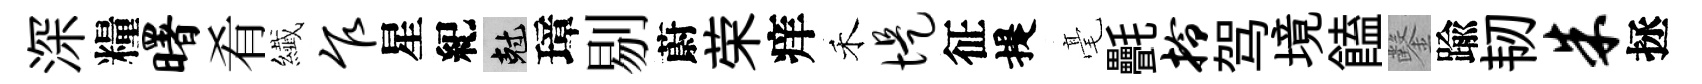
深糧曙肴纎乍星紀剋璋剔蔚荣痒禾堤征提毫㲲拎驾境饁鑿踰韧朱拯